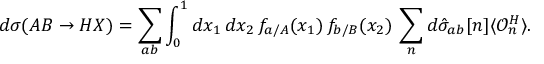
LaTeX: d \sigma ( A B \to H X ) = \sum _ { a b } \int _ { 0 } ^ { 1 } d x _ { 1 } \, d x _ { 2 } \, f _ { a / A } ( x _ { 1 } ) \, f _ { b / B } ( x _ { 2 } ) \, \sum _ { n } d \hat { \sigma } _ { a b } [ n ] \langle { \mathcal O } _ { n } ^ { H } \rangle .